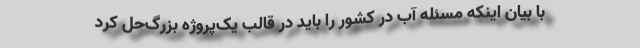
با بیان اینکه مسئله آب در کشور را باید در قالب یک‌پروژه بزرگ‌حل کرد